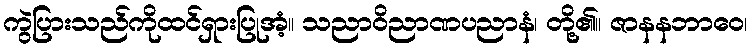
ကွဲပြားသည်ကိုထင်ရှားပြုအံ့။ သညာဝိညာဏပညာနံ၊ တို့၏။ ဇာနနဘာဝေ၊